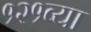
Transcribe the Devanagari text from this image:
१२१व्या